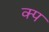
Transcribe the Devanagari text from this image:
क्प